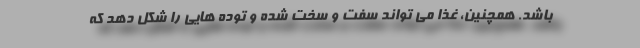
باشد. همچنین، غذا می تواند سفت و سخت شده و توده هایی را شکل دهد که